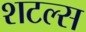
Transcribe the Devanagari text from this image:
शटल्स